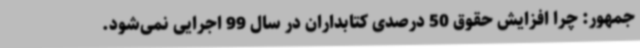
جمهور: چرا افزایش حقوق 50 درصدی کتابداران در سال 99 اجرایی نمی‌شود.